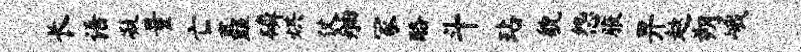
长语凝量亡矗磷烘仗舳冢酪斗玷貌怨腋畀趑朔峨